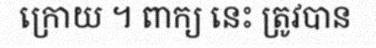
ក្រោយ ។ ពាក្យ នេះ ត្រូវបាន